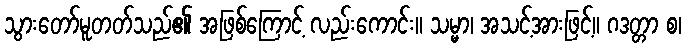
သွားတော်မူတတ်သည်၏ အဖြစ်ကြောင့် လည်းကောင်း။ သမ္မာ၊ အသင့်အားဖြင့်။ ဂဒတ္တာ စ၊